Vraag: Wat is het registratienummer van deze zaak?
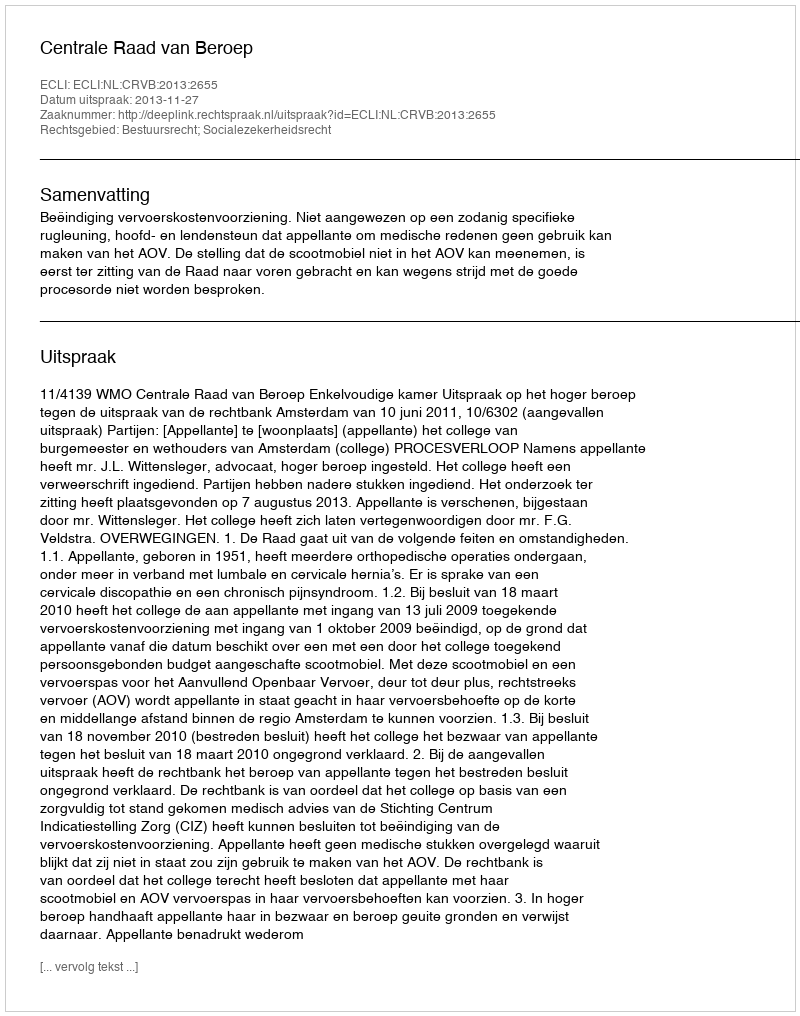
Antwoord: http://deeplink.rechtspraak.nl/uitspraak?id=ECLI:NL:CRVB:2013:2655